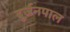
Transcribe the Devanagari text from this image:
दुर्जनपाल